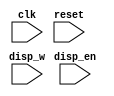
module front_panel_interface
(
	input wire clk, reset,
	input wire[9:0] disp_w,	         // Display brightness
	input wire disp_en,              // Display enable
	
	
	
);

endmodule